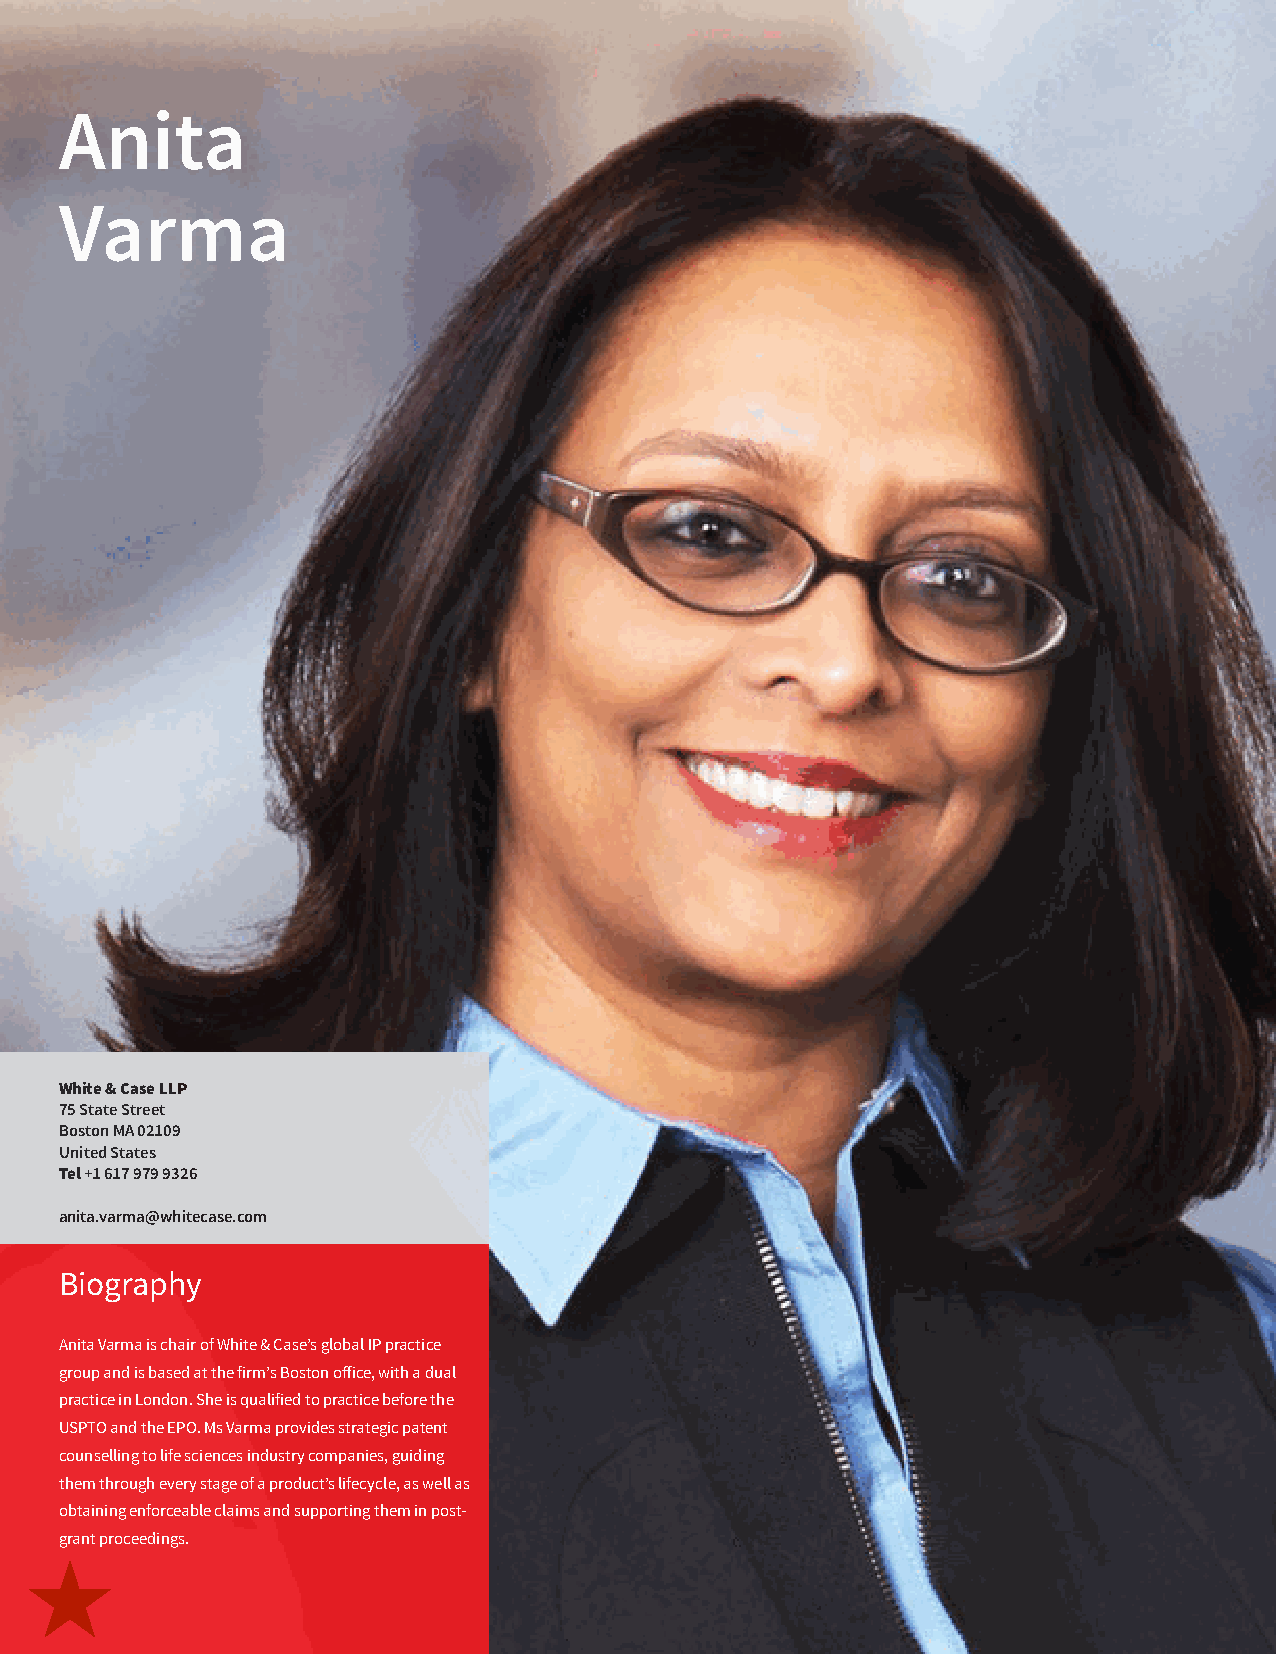
Anita
 Varma
 White & Case LLP
 75 State Street
 Boston MA 02109
 United States
 Tel +1 617 979 9326
 anita.varma@whitecase.com
 Biography
 Anita Varma is chair of White & Case’s global IP practice
 group and is based at the firm’s Boston office, with a dual
 practice in London. She is qualified to practice before the
 USPTO and the EPO. Ms Varma provides strategic patent
 counselling to life sciences industry companies, guiding
 them through every stage of a product’s lifecycle, as well as
 obtaining enforceable claims and supporting them in post-
 grant proceedings.
 88